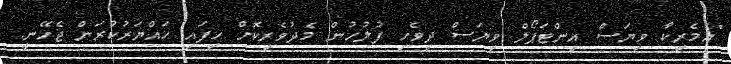
"އެމެރިކާ ވިޔަސް އިންޓަޕޯލް ވިޔަސް ދިވެހި ފުލުހުން މެދުވެރިކޮށް ހިފައި ހައްޔަރުކުރަން ޖެހޭނީ.